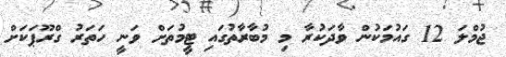
ޖުމްލަ 12 ގައުމަކުން ވާދަކުރާ މި މުބާރާތުގައި ޓީމުތަށް ވަނީ ހަތަރު ގްރޫޕަކަށް